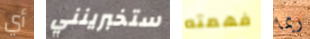
أي ستخبرينني فهمته ربما